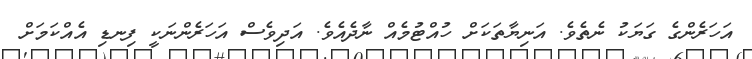
އަހަރެންގެ ގަޔަކު ނެތެވެ. އަނިޔާތަކަށް ހުއްޓުމެއް ނާދެއެވެ. އަދިވެސް އަހަރެންނަކީ ފިނޑި އެއްކަމަށް